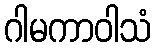
ဂါမကာဝါသံ